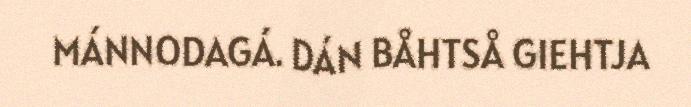
MÁNNODAGÁ. DÁN BÅHTSÅ GIEHTJA